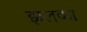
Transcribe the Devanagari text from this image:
झलका